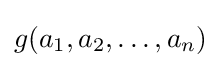
g(a_{1},a_{2},\dots ,a_{n})